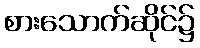
စားသောက်ဆိုင်၌